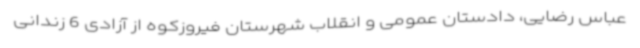
عباس رضایی، دادستان عمومی و انقلاب شهرستان فیروزکوه از آزادی 6 زندانی